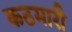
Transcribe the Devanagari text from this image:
कठमारी